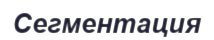
Сегментация